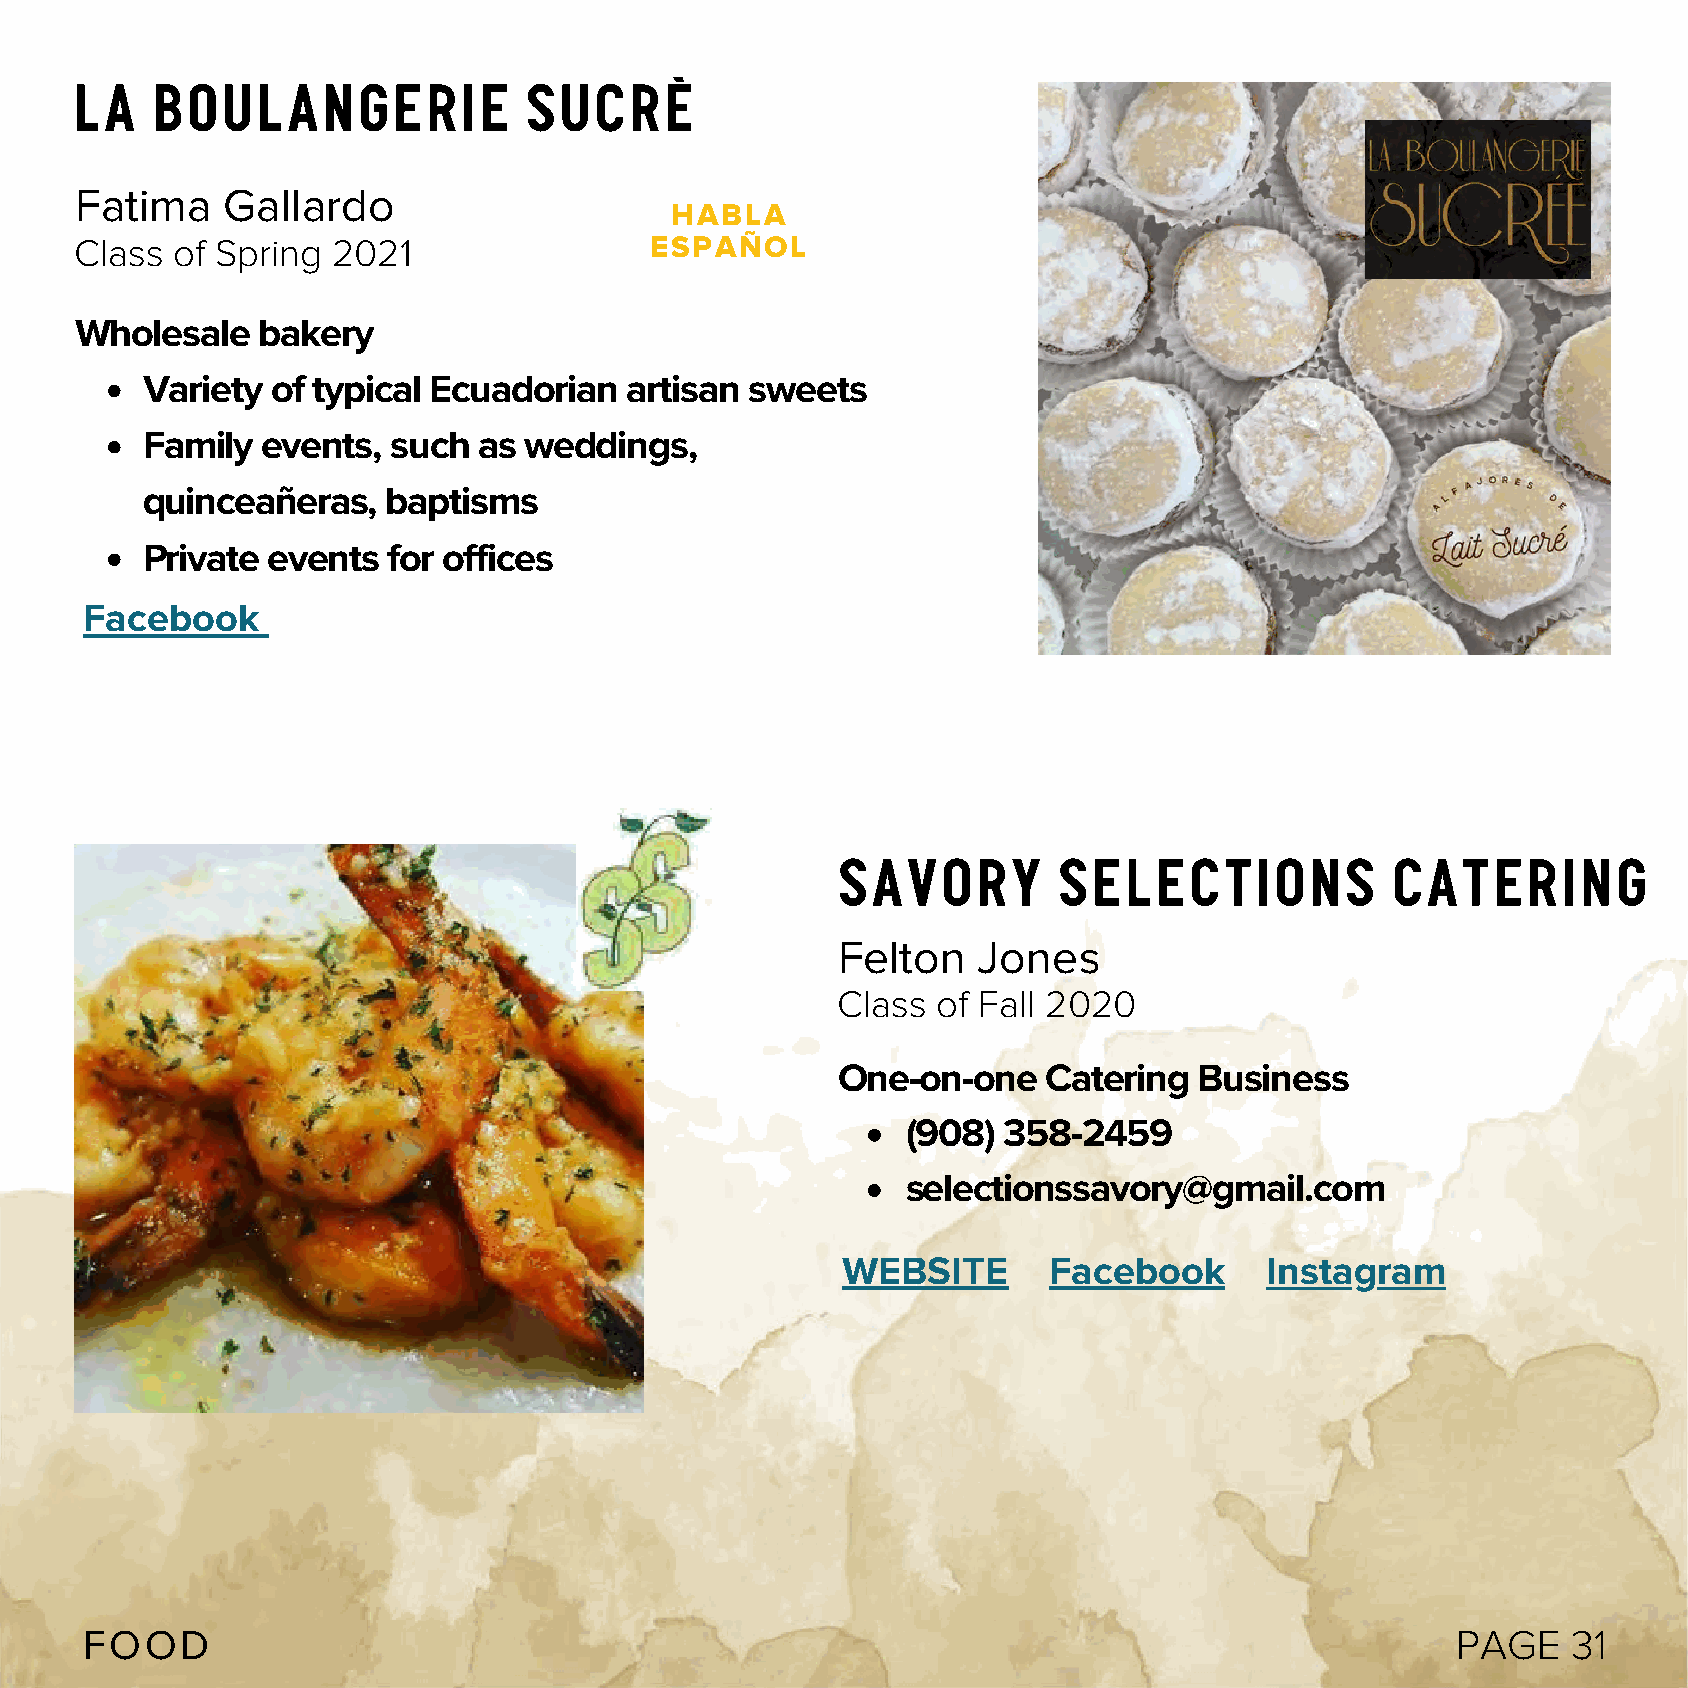
La   Boulangerie              Sucrè
 Fatima    Gallardo
 HABLA
 Class of Spring  2021                 ESPAÑOL
 Wholesale   bakery
 Variety  of typical Ecuadorian   artisan sweets
 Family  events,  such  as weddings,
 quinceañeras,    baptisms
 Private  events  for offices
 Facebook
 Savory        selections            Catering
 Felton    Jones
 Class  of Fall 2020
 One-on-one    Catering  Business
 (908) 358-2459
 selectionssavory@gmail.com
 WEBSITE      Facebook       Instagram
 FOOD                                                                                       PAGE    31